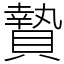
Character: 贄